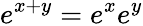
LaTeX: e^{x+y}=e^{x}e^{y}